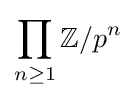
\prod _{n\geq 1}\mathbb {Z} /p^{n}